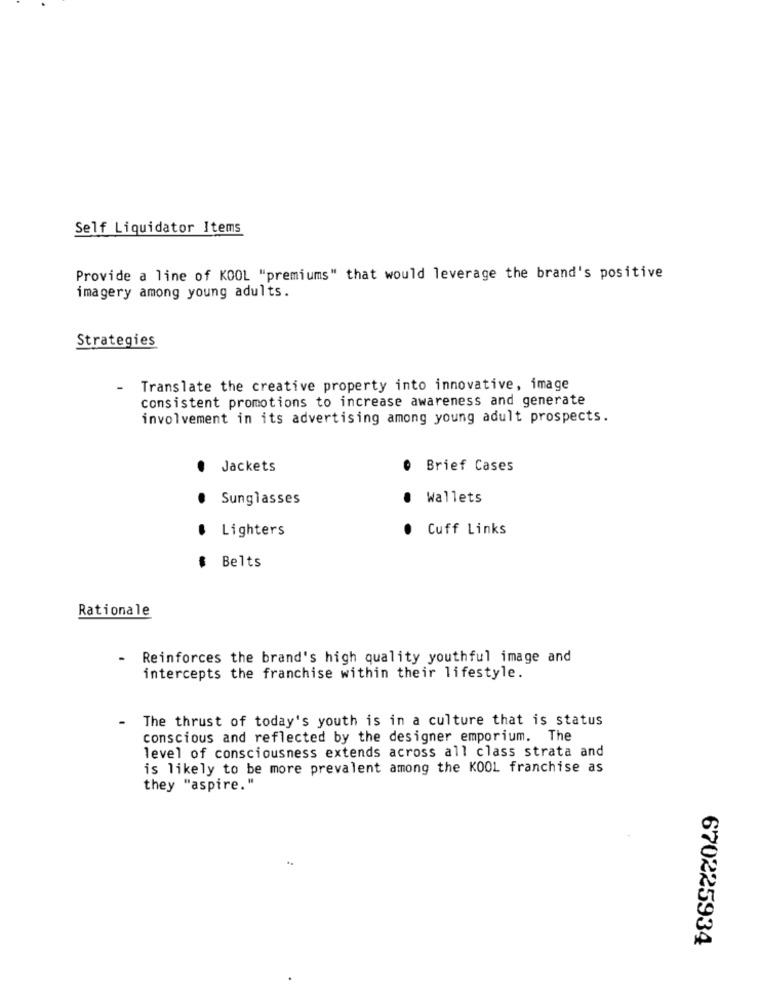
Self Liquidator Items
Provide a line of KOOL "premiums" that would leverage the brand's positive
imagery among young adults.
Strategies
Translate the creative property into innovative, image
consistent promotions to increase awareness and generate
involvement in its advertising among young adult prospects.
Jackets
Brief Cases
Sunglasses
Wallets
Lighters
Cuff Links
$ Belts
Rationale
- Reinforces the brand's high quality youthful image and
intercepts the franchise within their lifestyle.
The thrust of today's youth is in a culture that is status
conscious and reflected by the designer emporium. The
level of consciousness extends across all class strata and
is likely to be more prevalent among the KOOL franchise as
they "aspire."
670225934